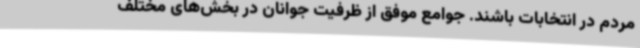
مردم در انتخابات باشند. جوامع موفق از ظرفیت جوانان در بخش‌های مختلف